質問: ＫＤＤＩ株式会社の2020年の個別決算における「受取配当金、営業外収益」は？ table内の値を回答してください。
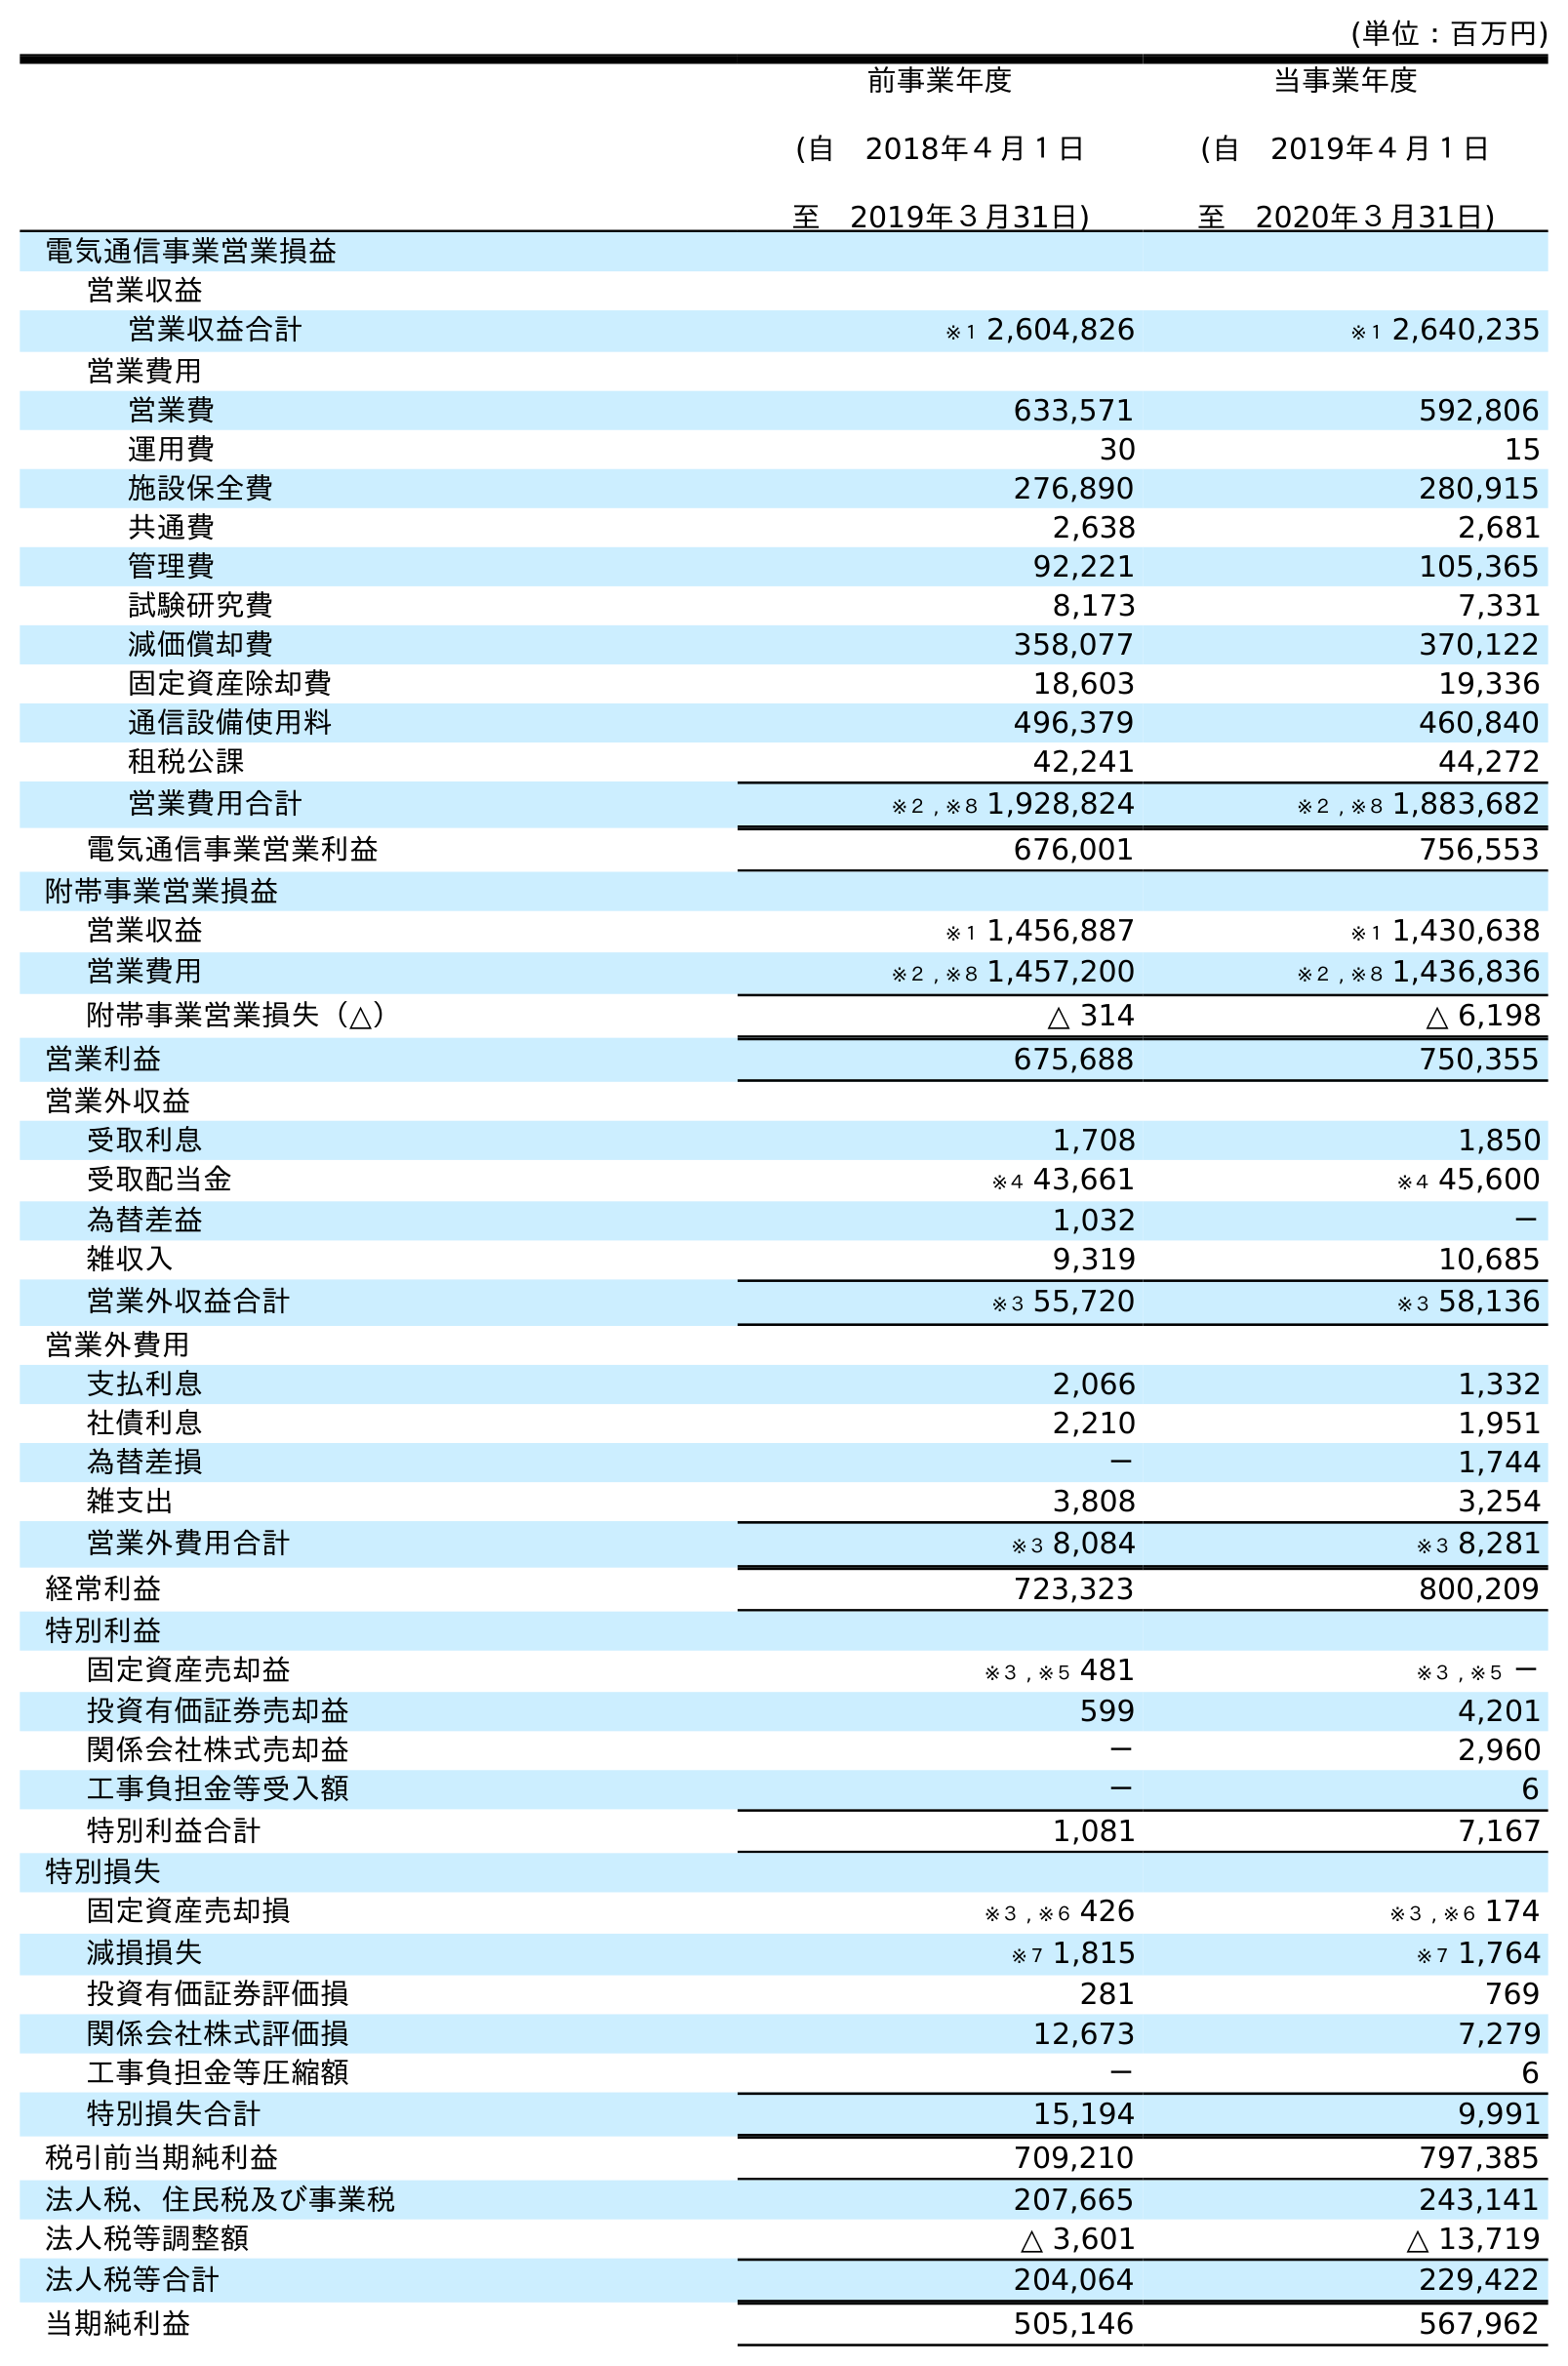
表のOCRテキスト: (単位：百万円) 前事業年度 (自 2018年４月１日 至 2019年３月31日) 当事業年度 (自 2019年４月１日 至 2020年３月31日) 電気通信事業営業損益 営業収益 営業収益合計 ※１ 2,604,826 ※１ 2,640,235 営業費用 営業費 633,571 592,806 運用費 30 15 施設保全費 276,890 280,915 共通費 2,638 2,681 管理費 92,221 105,365 試験研究費 8,173 7,331 減価償却費 358,077 370,122 固定資産除却費 18,603 19,336 通信設備使用料 496,379 460,840 租税公課 42,241 44,272 営業費用合計 ※２ , ※８ 1,928,824 ※２ , ※８ 1,883,682 電気通信事業営業利益 676,001 756,553 附帯事業営業損益 営業収益 ※１ 1,456,887 ※１ 1,430,638 営業費用 ※２ , ※８ 1,457,200 ※２ , ※８ 1,436,836 附帯事業営業損失（△） △ 314 △ 6,198 営業利益 675,688 750,355 営業外収益 受取利息 1,708 1,850 受取配当金 ※４ 43,661 ※４ 45,600 為替差益 1,032 － 雑収入 9,319 10,685 営業外収益合計 ※３ 55,720 ※３ 58,136 営業外費用 支払利息 2,066 1,332 社債利息 2,210 1,951 為替差損 － 1,744 雑支出 3,808 3,254 営業外費用合計 ※３ 8,084 ※３ 8,281 経常利益 723,323 800,209 特別利益 固定資産売却益 ※３ , ※５ 481 ※３ , ※５ － 投資有価証券売却益 599 4,201 関係会社株式売却益 － 2,960 工事負担金等受入額 － 6 特別利益合計 1,081 7,167 特別損失 固定資産売却損 ※３ , ※６ 426 ※３ , ※６ 174 減損損失 ※７ 1,815 ※７ 1,764 投資有価証券評価損 281 769 関係会社株式評価損 12,673 7,279 工事負担金等圧縮額 － 6 特別損失合計 15,194 9,991 税引前当期純利益 709,210 797,385 法人税、住民税及び事業税 207,665 243,141 法人税等調整額 △ 3,601 △ 13,719 法人税等合計 204,064 229,422 当期純利益 505,146 567,962
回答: ※４45,600